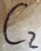
Text: C2